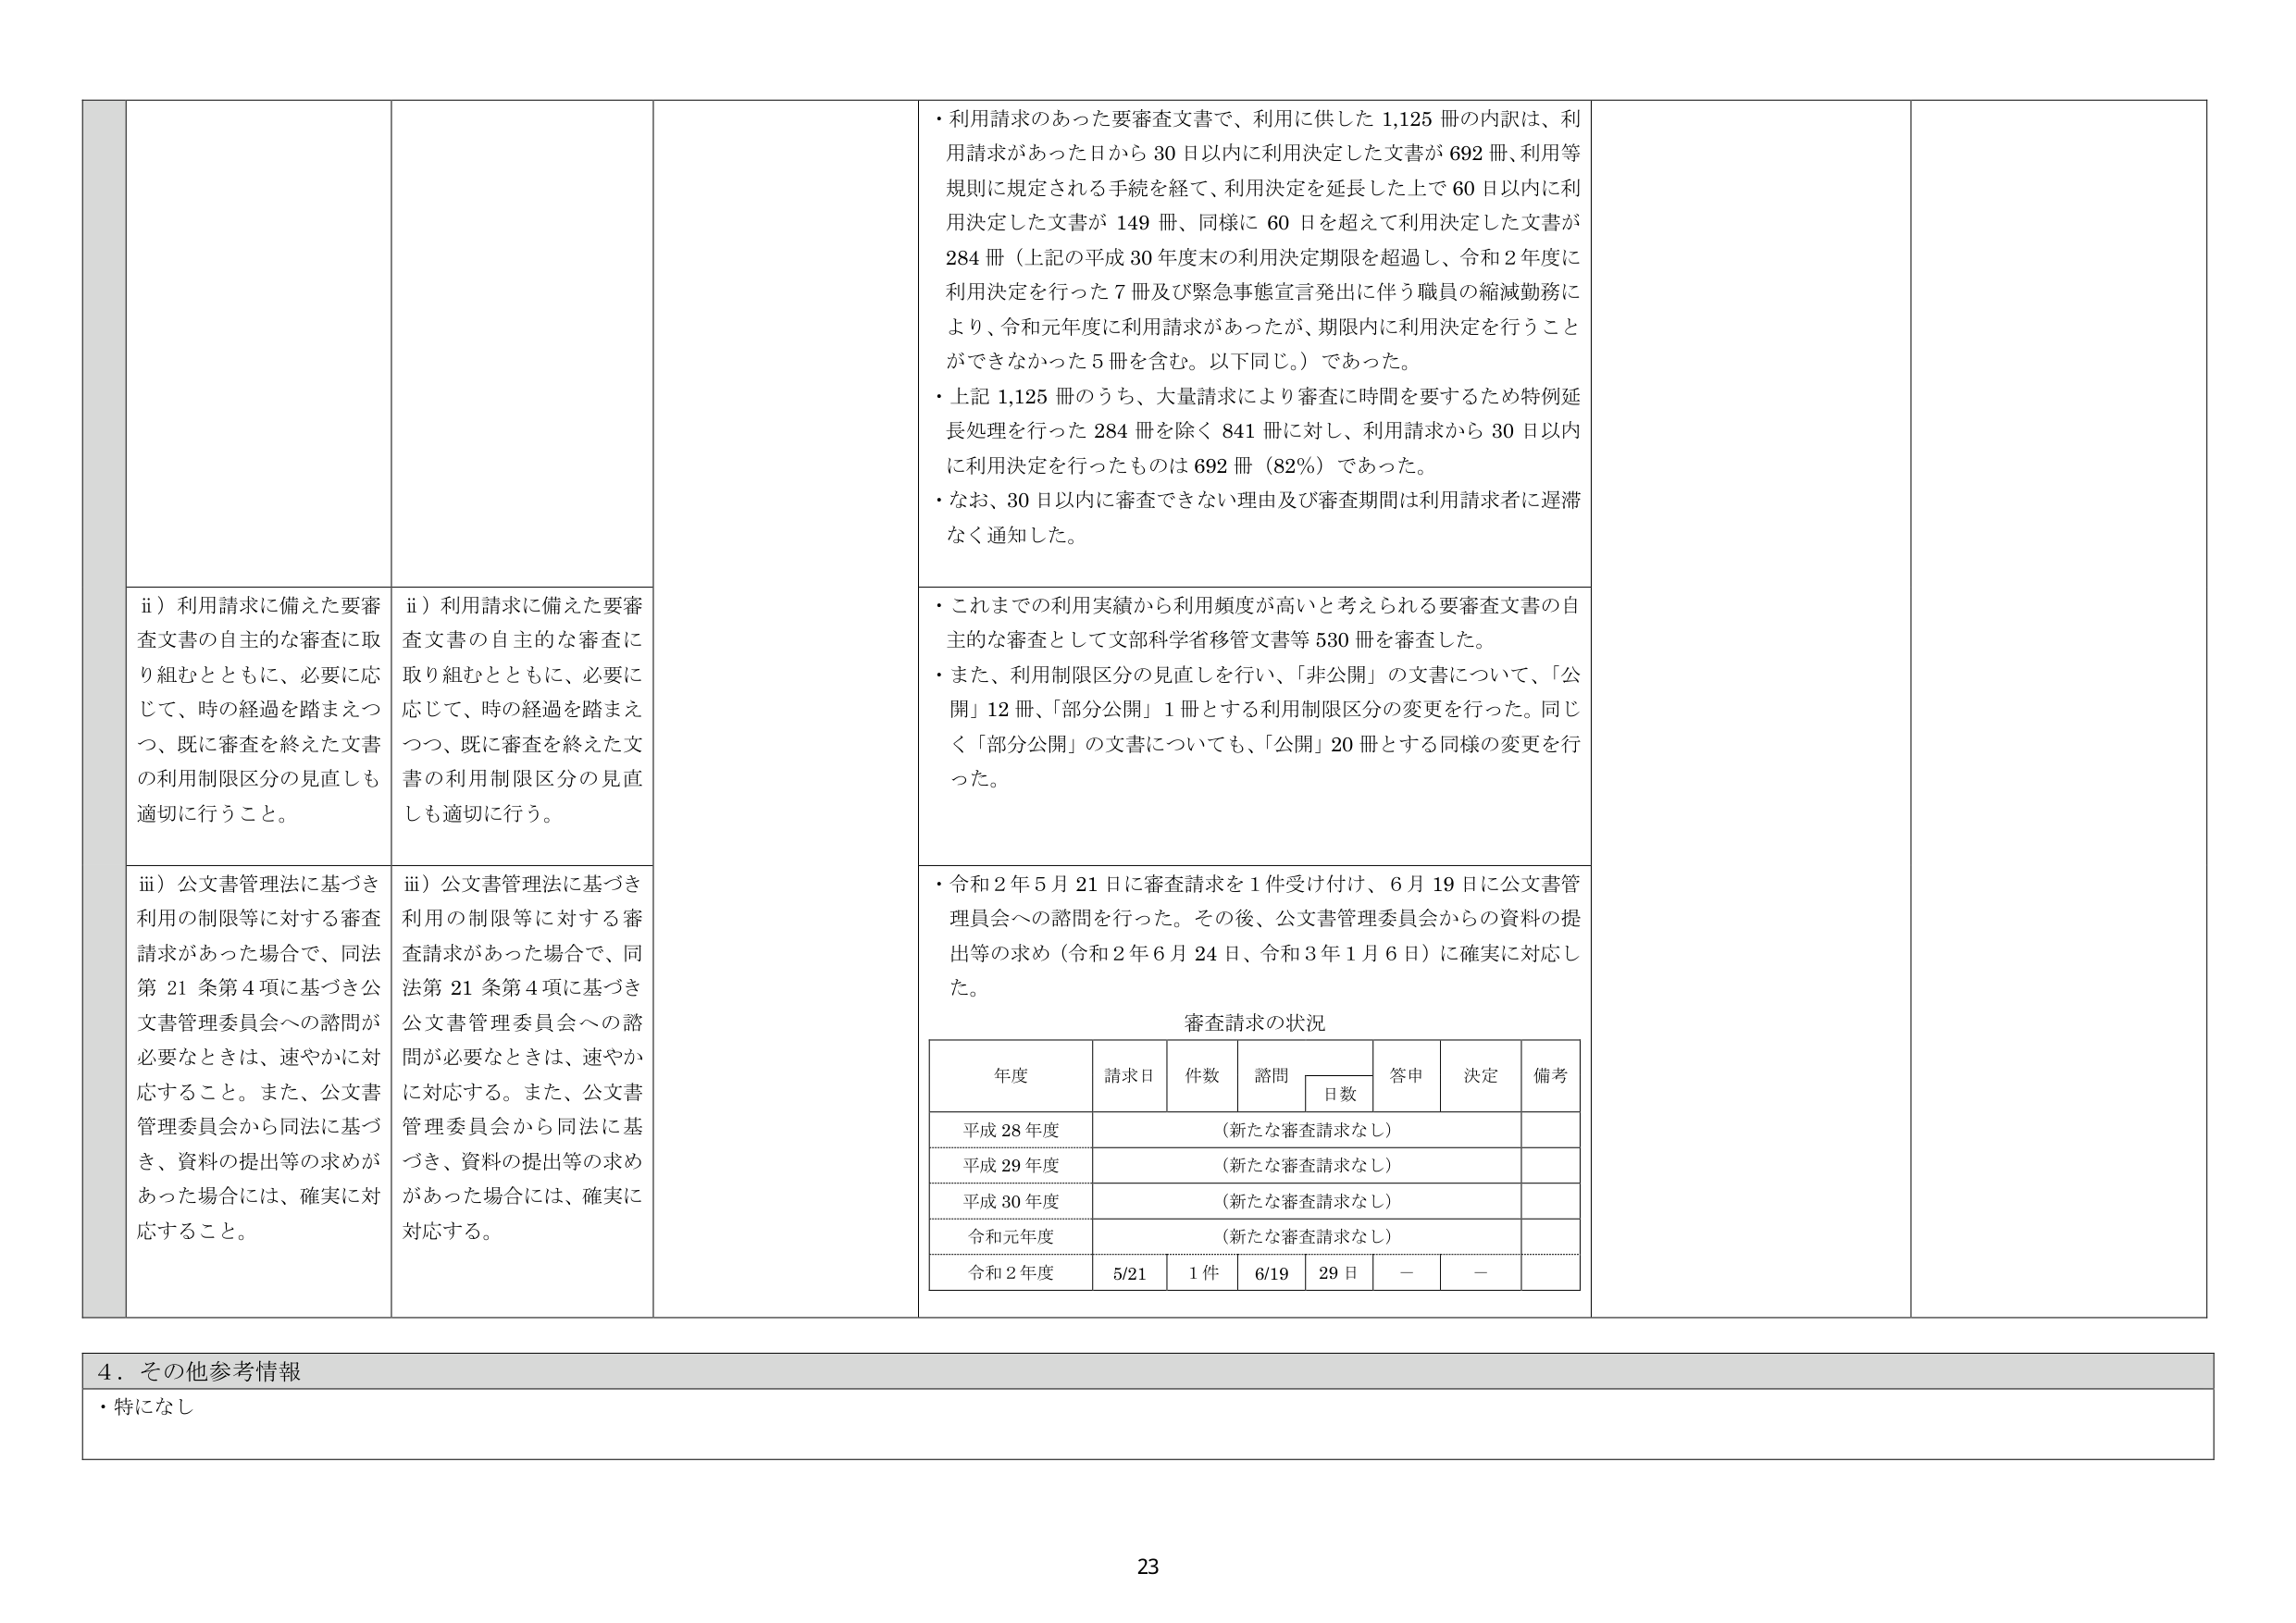
・利用請求のあった要審査文書で、利用に供した 1,125 冊の内訳は、利用請求があった日から 30 日以内に利用決定した文書が 692 冊、利用等規則に規定される手続を経て、利用決定を延長した上で 60 日以内に利用決定した文書が 149 冊、同様に 60 日を超えて利用決定した文書が 284 冊（上記の平成 30 年度末の利用決定期限を超過し、令和 2 年度に利用決定を行った 7 冊及び緊急事態宣言発出に伴う職員の縮減勤務により、令和元年度に利用請求があったが、期限内に利用決定を行うことができなかった 5 冊を含む。以下同じ。）であった。

・上記 1,125 冊のうち、大量請求により審査に時間を要するため特例延長処理を行った 284 冊を除く 841 冊に対し、利用請求から 30 日以内に利用決定を行ったものは 692 冊（82％）であった。

・なお、30 日以内に審査できない理由及び審査期間は利用請求者に遅滞なく通知した。

ii）利用請求に備えた要審査文書の自主的な審査に取り組むとともに、必要に応じて、時の経過を踏まえつつ、既に審査を終えた文書の利用制限区分の見直しも適切に行うこと。

ii）利用請求に備えた要審査文書の自主的な審査に取り組むとともに、必要に応じて、時の経過を踏まえつつ、既に審査を終えた文書の利用制限区分の見直しも適切に行う。

・これまでの利用実績から利用頻度が高いと考えられる要審査文書の自主的な審査として文部科学省移管文書等 530 冊を審査した。

・また、利用制限区分の見直しを行い、「非公開」の文書について、「公開」12 冊、「部分公開」1 冊とする利用制限区分の変更を行った。同じく「部分公開」の文書についても、「公開」20 冊とする同様の変更を行った。

iii）公文書管理法に基づき利用の制限等に対する審査請求があった場合で、同法第 21 条第 4 項に基づき公文書管理委員会への諮問が必要なときは、速やかに対応すること。また、公文書管理委員会から同法に基づき、資料の提出等の求めがあった場合には、確実に対応すること。

iii）公文書管理法に基づき利用の制限等に対する審査請求があった場合で、同法第 21 条第 4 項に基づき公文書管理委員会への諮問が必要なときは、速やかに対応する。また、公文書管理委員会から同法に基づき、資料の提出等の求めがあった場合には、確実に対応する。

・令和 2 年 5 月 21 日に審査請求を 1 件受け付け、6 月 19 日に公文書管理委員会への諮問を行った。その後、公文書管理委員会からの資料の提出等の求め（令和 2 年 6 月 24 日、令和 3 年 1 月 6 日）に確実に対応した。

審査請求の状況

年度	請求日	件数	諮問	答申	決定	備考
		日数
平成 28 年度	（新たな審査請求なし）
平成 29 年度	（新たな審査請求なし）
平成 30 年度	（新たな審査請求なし）
令和元年度	（新たな審査請求なし）
令和 2 年度	5/21	1 件	6/19	29 日	－	－

4．その他参考情報
・特になし

23